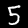
Label: 5